Civil Veterinary Dept. Bombay admin report 1900-1906 - 1900-1906
Year: 1900
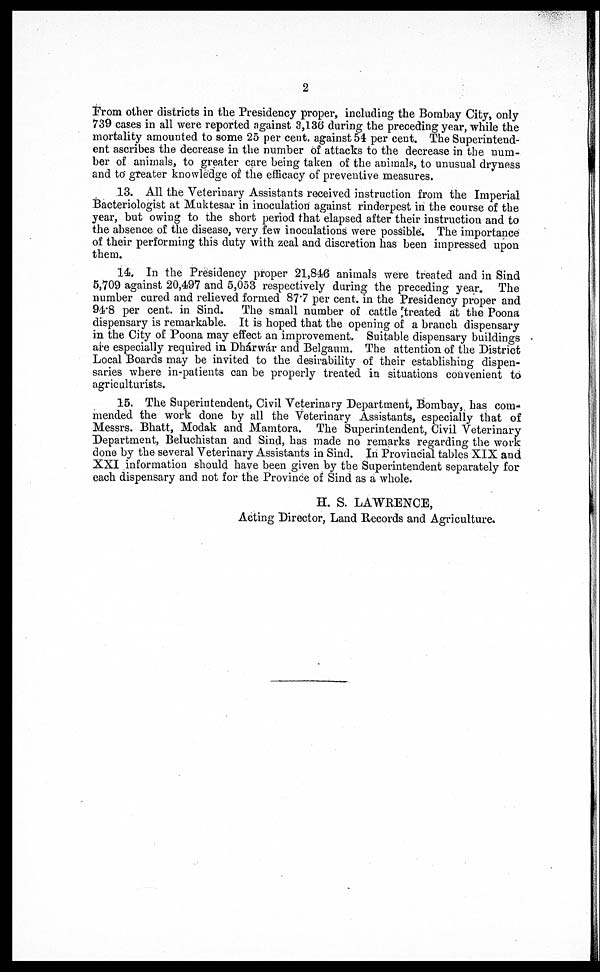
2
From other districts in the Presidency proper, including the Bombay City, only
739 cases in all were reported against 3,136 during the preceding year, while the
mortality amounted to some 25 per cent. against 54 per cent. The Superintend-
ent ascribes the decrease in the number of attacks to the decrease in the num-
ber of animals, to greater care being taken of the animals, to unusual dryness
and to greater knowledge of the efficacy of preventive measures.
13. All the Veterinary Assistants received instruction from the Imperial
Bacteriologist at Muktesar in inoculation against rinderpest in the course of the
year, but owing to the short period that elapsed after their instruction and to
the absence of the disease, very few inoculations were possible. The importance
of their performing this duty with zeal and discretion has been impressed upon
them.
14. In the Presidency proper 21,846 animals were treated and in Sind
5,709 against 20,497 and 5,053 respectively during the preceding year. The
number cured and relieved formed 87.7 per cent. in the Presidency proper and
94.8 per cent. in Sind. The small number of cattle treated at the Poona
dispensary is remarkable. It is hoped that the opening of a branch dispensary
in the City of Poona may effect an improvement. Suitable dispensary buildings
are especially required in Dhárwár and Belgaum. The attention of the District
Local Boards may be invited to the desirability of their establishing dispen-
saries where in-patients can be properly treated in situations convenient to
agriculturists.
15. The Superintendent, Civil Veterinary Department, Bombay, has com-
mended the work done by all the Veterinary Assistants, especially that of
Messrs. Bhatt, Modak and Mamtora. The Superintendent, Civil Veterinary
Department, Beluchistan and Sind, has made no remarks regarding the work
done by the several Veterinary Assistants in Sind. In Provincial tables XIX and
XXI information should have been given by the Superintendent separately for
each dispensary and not for the Province of Sind as a whole.
H. S. LAWRENCE,
Acting Director, Land Records and Agriculture.